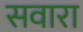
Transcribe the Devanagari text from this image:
सवारा